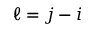
\ell = j - i